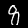
Label: 8